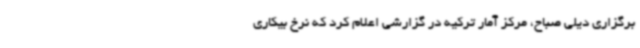
برگزاری دیلی صباح، مرکز آمار ترکیه در گزارشی اعلام کرد که نرخ بیکاری